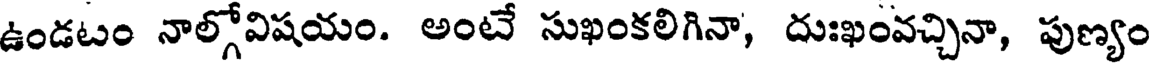
ఉండటం నాల్గోవిషయం. అంటే సుఖంకలిగినా, దుఃఖంవచ్చినా, పుణ్యం